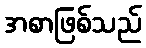
အစာဖြစ်သည်